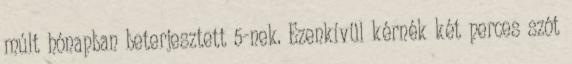
múlt hónapban beterjesztett 5-nek. Ezenkívül kérnék két perces szót